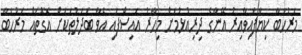
މަރުހަބާ ކިޔާފައިވާއިރު އޭނާގެ ދިރިއުޅުމަށް މިހާރު އައިސްފައި އެވާ ބަދަލުތަކަށް އެގޮތައް މަރުހަބާ